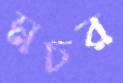
মচর